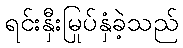
ရင်းနှီးမြုပ်နှံခဲ့သည်